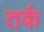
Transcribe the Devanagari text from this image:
तर्क